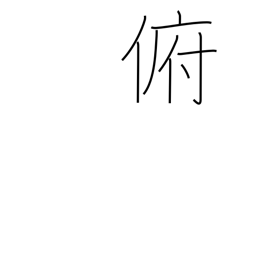
Meaning: bend down